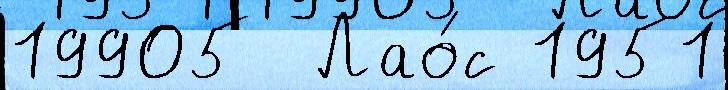
19905  Лао́с 1951